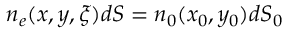
\begin{array} { r } { n _ { e } ( x , y , \xi ) d S = n _ { 0 } ( x _ { 0 } , y _ { 0 } ) d S _ { 0 } } \end{array}